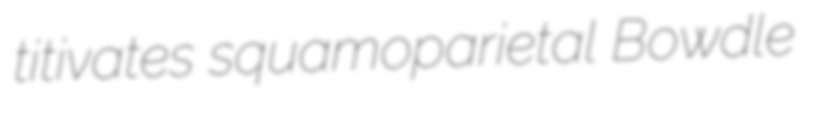
titivates squamoparietal Bowdle